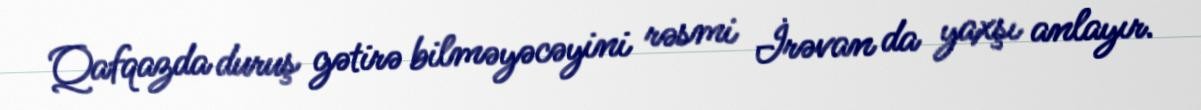
Qafqazda duruş gətirə bilməyəcəyini rəsmi İrəvan da yaxşı anlayır.